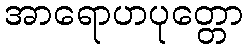
အာရောဟပုတ္တော